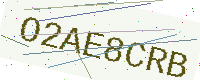
Text: O2AE8CRB